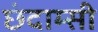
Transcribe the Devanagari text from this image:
छंदाम्सी